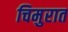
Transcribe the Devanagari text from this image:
चिमुरात